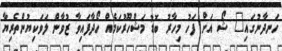
ހަނދާނުގައި" ޝޯ އަށް ފަހު މިހާރު ބޮޑު މަޝްހޫރުކަމެއް ހޯދާފައިވާ ޒުވާން ލަވަކިޔުންތެރިޔާ